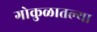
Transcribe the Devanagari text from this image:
गोकुळातल्या